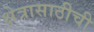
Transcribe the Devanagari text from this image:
क्षेत्रासाठीची